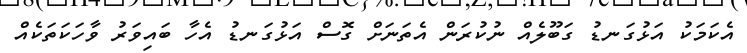
އެކަމަކު އަޅުގަނޑު ގަބޫލެއް ނުކުރަން އެތަނަށް ގޮސް އަޅުގަނޑު އެހާ ބައިވަރު ވާހަކަތަކެއް